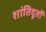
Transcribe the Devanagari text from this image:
शांतिदूतों